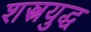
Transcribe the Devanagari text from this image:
शस्त्रयुद्ध